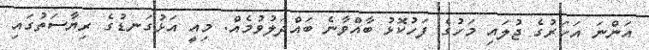
އަންނަ އަހަރުގެ ޖުލައި މަހުގެ ފަހުކޮޅު ބާއްވާނެ ބައްދަލުވުމެއް. މިއީ އަޅުގަނޑުގެ ރިޔާސަތުގައި